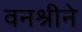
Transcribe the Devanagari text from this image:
वनश्रीने